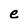
Character: e